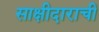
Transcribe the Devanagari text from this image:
साक्षीदाराची